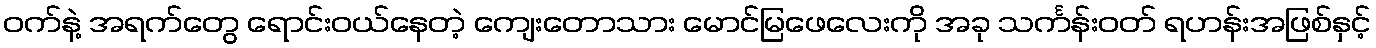
ဝက်နဲ့ အရက်တွေ ရောင်းဝယ်နေတဲ့ ကျေးတောသား မောင်မြဖေလေးကို အခု သင်္ကန်းဝတ် ရဟန်းအဖြစ်နှင့်